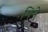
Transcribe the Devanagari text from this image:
मिने